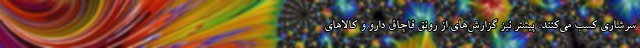
سرشاری کسب می‌کنند. پیشتر نیز گزارش‌های از رونق قاچاق دارو و کالاهای